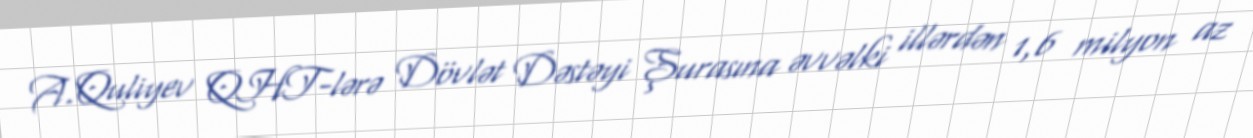
A.Quliyev QHT-lərə Dövlət Dəstəyi Şurasına əvvəlki illərdən 1,6 milyon az